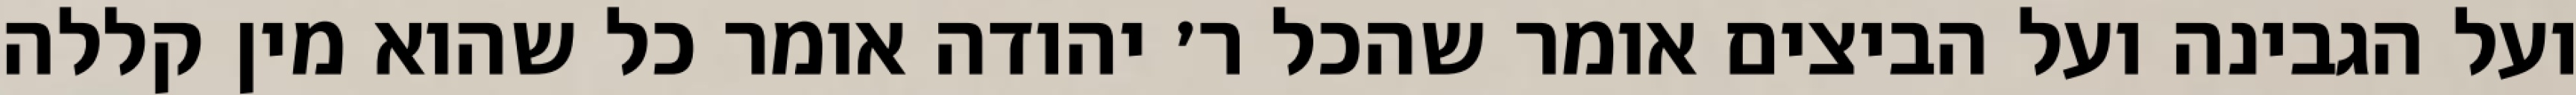
ועל הגבינה ועל הביצים אומר שהכל ר׳ יהודה אומר כל שהוא מין קללה